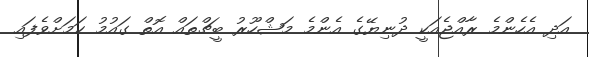
އަދި އެހެންމެ ރާއްޖެއަކީ ދުނިޔޭގެ އެންމެ މަޝްހޫރު ބީޗްތައް އޮތް ގައުމު ކަމަށްވެފައި